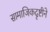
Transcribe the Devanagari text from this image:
सामाजिकदृष्टीने